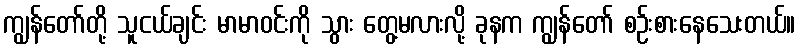
ကျွန်တော်တို့ သူငယ်ချင်း မာမာဝင်းကို သွား တွေ့မလားလို့ ခုနက ကျွန်တော် စဉ်းစားနေသေးတယ်။